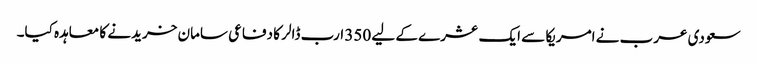
سعودی عرب نے امریکا سے ایک عشرے کے لیے 350 ارب ڈالر کا دفاعی سامان خریدنے کا معاہدہ کیا۔